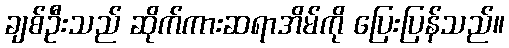
ချစ်ဦးသည် ဆိုက်ကားဆရာအိမ်ကို ပြေးပြန်သည်။